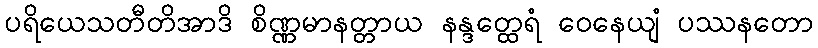
ပရိယေသတီတိအာဒိ စိဏ္ဏမာနတ္တာယ နန္ဒတ္ထေရံ ဝေနေယျံ ပဿနတော